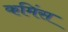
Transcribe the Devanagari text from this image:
कमिंस